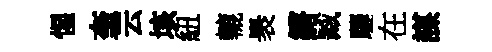
惺奎云垓紐轆褁鏘臧驪在謀